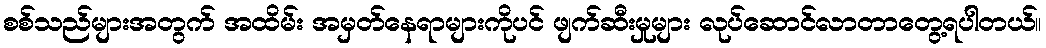
စစ်သည်များအတွက် အထိမ်း အမှတ်နေရာများကိုပင် ဖျက်ဆီးမှုများ လုပ်ဆောင်လာတာတွေ့ရပါတယ်။